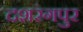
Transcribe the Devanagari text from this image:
दशरंगपुर